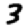
Digit: 3